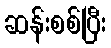
ဆန်းစစ်ပြီး